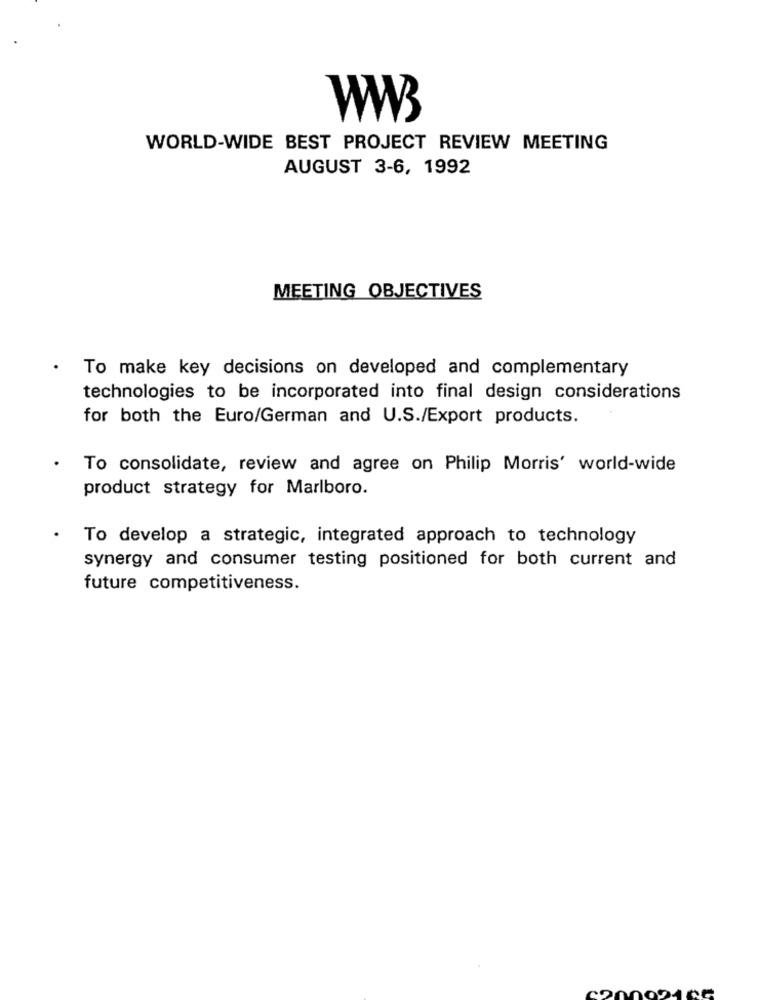
WORLD-WIDE BEST PROJECT REVIEW MEETING
AUGUST 3-6, 1992
MEETING OBJECTIVES
To make key decisions on developed and complementary
technologies to be incorporated into final design considerations
for both the Euro/German and U.S./Export products.
To consolidate, review and agree on Philip Morris' world-wide
product strategy for Marlboro.
To develop a strategic, integrated approach to technology
synergy and consumer testing positioned for both current and
future competitiveness.